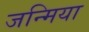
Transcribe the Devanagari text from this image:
जन्मिया